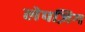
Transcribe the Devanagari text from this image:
लेपज़िग